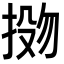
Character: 𫽌